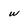
Character: w